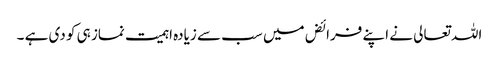
اللہ تعالی نے اپنے فرائض میں سب سے زیادہ اہمیت نماز ہی کو دی ہے ۔